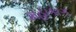
મહાકાગ